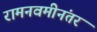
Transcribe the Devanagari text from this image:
रामनवमीनंतर